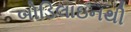
બોડિલાઇનથી